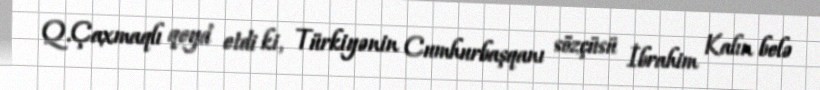
Q.Çaxmaqlı qeyd etdi ki, Türkiyənin Cumhurbaşqanı sözçüsü İbrahim Kalın belə